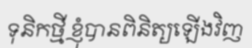
ទុនិកថ្មី ខ្ញុំបានពិនិត្យឡើងវិញ